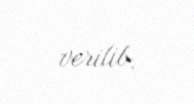
verilib.